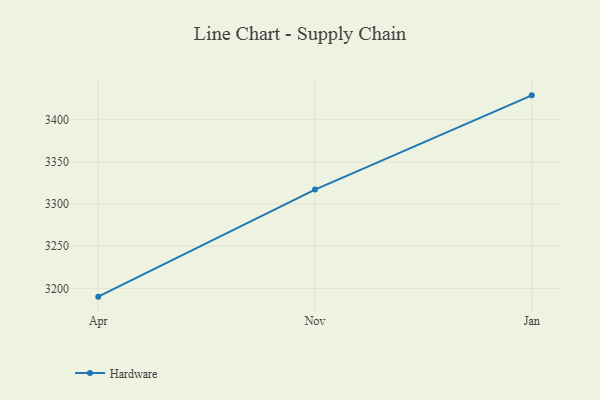
{"axis": {"x": "Month", "y": "Budget (USD K)"}, "legend": ["Hardware"], "data": [{"x": "Apr", "y": 3190.1, "type": "Hardware"}, {"x": "Nov", "y": 3317.2, "type": "Hardware"}, {"x": "Jan", "y": 3429.0, "type": "Hardware"}]}